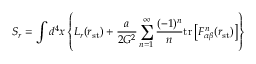
S _ { r } = \int d ^ { 4 } x \left\{ { \cal L } _ { r } ( r _ { \mathrm { s t } } ) + \frac { a } { 2 G ^ { 2 } } \sum _ { n = 1 } ^ { \infty } \frac { ( - 1 ) ^ { n } } { n } \mathrm { t r } \left[ F _ { \alpha \beta } ^ { n } ( r _ { \mathrm { s t } } ) \right] \right\}